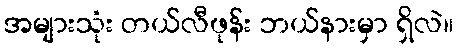
အများသုံး တယ်လီဖုန်း ဘယ်နားမှာ ရှိလဲ။